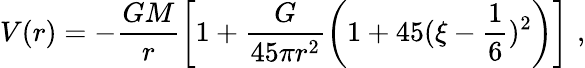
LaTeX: V(r)=-\frac{GM}{r}\left[1+\frac{G}{45\pi r^{2}}\left(1+45(\xi-\frac{1}{6})^{2}\right)\right]\, \, ,